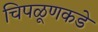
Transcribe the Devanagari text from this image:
चिपळूणकडे